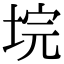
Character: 垸